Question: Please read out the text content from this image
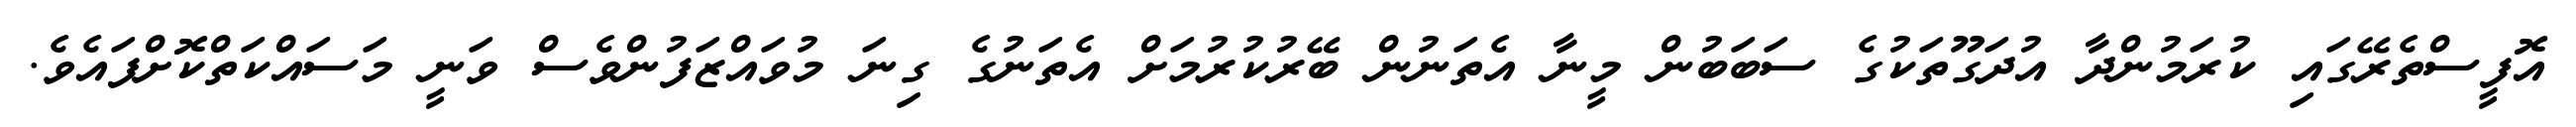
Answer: އޮފީސްތެރޭގައި ކުރަމުންދާ އުދަގޫތަކުގެ ސަބަބުން މީނާ އެތަނުން ބޭރުކުރުމަށް އެތަނުގެ ގިނަ މުވައްޒަފުންވެސް ވަނީ މަސައްކަތްކޮށްފައެވެ.